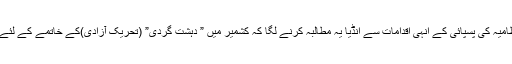
کشمیر پر پاکستان انتظامیہ کی پسپائی کے انہی اقدامات سے انڈیا یہ مطالبہ کرنے لگا کہ کشمیر میں ” دہشت گردی” (تحریک آزادی)کے خاتمے کے لئے پاکستان تعاون کرے۔